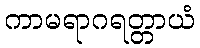
ကာမရာဂရတ္တာယံ